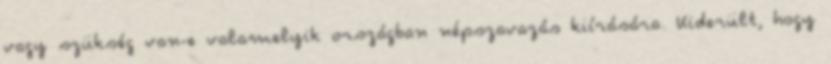
vagy szükség van-e valamelyik országban népszavazás kiírására. Kiderült, hogy